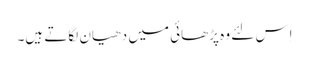
اِس لئے وہ پڑھائی میں دھیان لگاتے ہیں۔